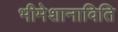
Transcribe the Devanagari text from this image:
भीमेशानाविति